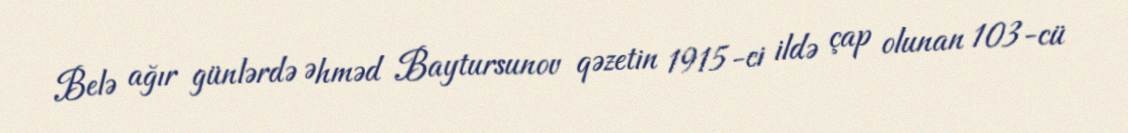
Belə ağır günlərdə Əhməd Baytursunov qəzetin 1915-ci ildə çap olunan 103-cü